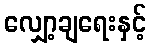
လျှော့ချရေးနှင့်